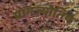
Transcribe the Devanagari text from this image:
प्रागज्योतिष